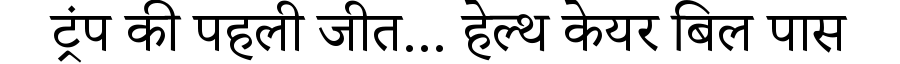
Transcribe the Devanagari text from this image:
ट्रंप की पहली जीत... हेल्थ केयर बिल पास